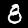
Label: 8